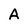
Character: A